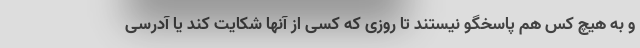
و به هیچ کس هم پاسخگو نیستند تا روزی که کسی از آنها شکایت کند یا آدرسی